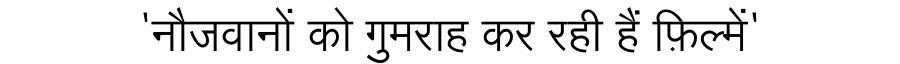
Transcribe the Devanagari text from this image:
'नौजवानों को गुमराह कर रही हैं फ़िल्में'